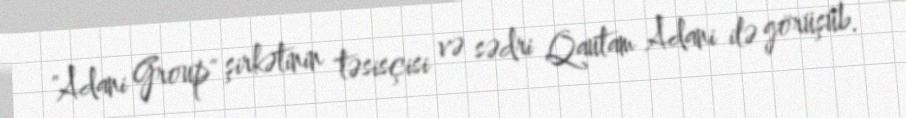
"Adani Group" şirkətinin təsisçisi və sədri Qautam Adani ilə görüşüb.